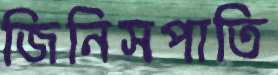
জিনিসপাতি